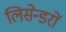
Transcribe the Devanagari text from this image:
लिसेन्डरों